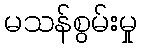
မသန်စွမ်းမှု